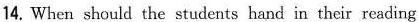
14. When should the students hand in their reading